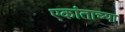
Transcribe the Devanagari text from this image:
एकांताच्या